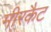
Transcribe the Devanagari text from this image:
मीरकैट